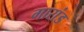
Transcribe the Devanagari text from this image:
गारांड